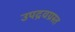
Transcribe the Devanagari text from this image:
उपद्रवग्रस्त